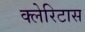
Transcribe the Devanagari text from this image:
क्लेरिटास